Vaccination in the Punjab 1919-1929 - 1919-1929
Year: 1919
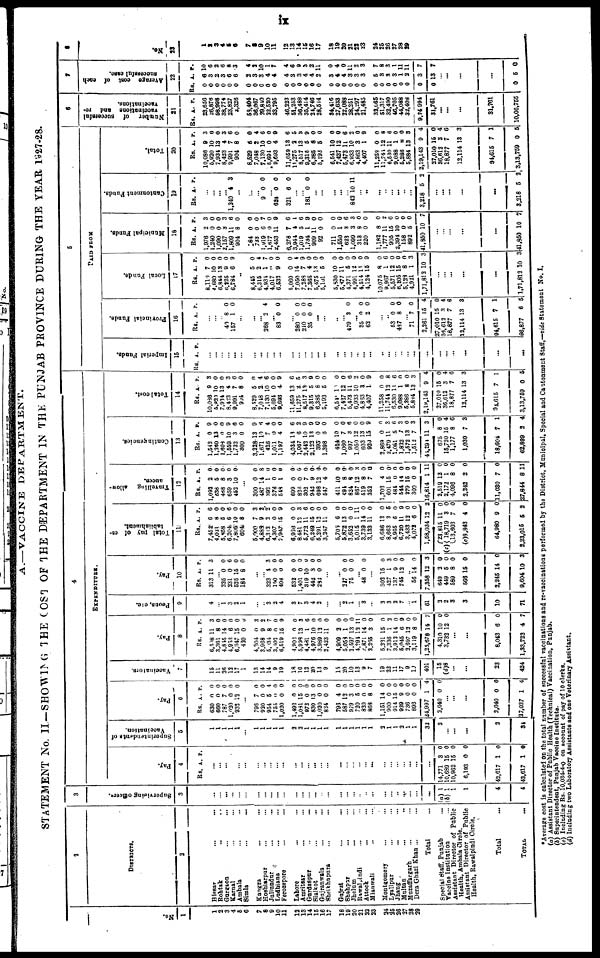
ix
A.—VACCINE DEPARTMENT.
STATEMENT No. II—SHOWING THE COST OF THE DEPARTMENT IN THE PUNJAB PROVINCE DURING THE YEAR 1927-28.
No.
1
1
3
3
4
6
6
7
8
9
10
11
12
13
14
15
16
17
18
19
20
21
22
23
24
25
26
27
28
29
2
DTSTRICTS.
2
Hissar ... ...
Rohtak ... ...
Gurgaon ... ...
Karnal ... ...
Ambala ... ...
Simla ... ...
Kangra ... ...
Hoshiarpur ... ...
Jullundur ... ...
Ludhiana ... ...
Ferozepore ... ...
Lahore ... ...
Amritsar ... ...
Gurdaspur ... ...
Sialkot ... ...
Gujranwala ... ...
Sheikhupura ... ...
Gujrat ... ...
Shahpur ... ...
Jhelum ... ...
Rawalpindi ... ...
Attock ... ...
Mianwali ... ...
Montgomery ... ...
Lyallpur ... ...
Jhang ... ...
Multan ... ...
Muzaffargarh ... ...
Dera Ghazi Khan ... ...
Total ...
Special Staff, Punjab ...
Vaccine Institution ...
Assistant Director of Public
Health, Ambala Circle.
Assistant Director of Public
Health, Rawalpindi Circle.
Total ...
TOTAL ...
3
Supervising officers.
3
...
...
...
...
...
...
...
...
...
...
...
...
...
...
...
...
...
...
...
...
...
...
...
...
...
...
...
...
...
...
(a) 1
(b) 1
1
1
4
4
4
EXPENDITURE.
Pay.
4
Rs. A. P.
...
... ...
...
... ...
...
...
...
...
...
...
... ...
...
...
...
...
...
...
... ...
...
...
...
...
...
... ...
...
14,771
10,689
10,962
6,193
43,615
42,617
3
15
15
0
1
1
0
0
0
0
0
0
Superintendents of
Vaccination.
5
1
1
1
1
1
...
1
1
1
1
1
2
3
1
1
1
1
1
1
1
1
1
1
2
1
1
3
1
1
32
2
... ...
...
2
34
Pay.
6
Rs.
630
660
787
l,020
933
A.
0
0
7
0
12
P.
0
0
0
0
0
...
793
920
954
755
1,030
1,403
1,081
972
830
1,020
834
793
587
979
720
830
863
1,151
900
914
929
736
896
24,997
2,040
7
0
5
0
0
0
15
0
13
0
0
4
13
3
5
0
8
14
0
15
9
0
0
1
0
0
0
4
0
0
0
0
0
0
0
0
0
0
0
0
0
0
0
0
0
0
0
0
4
0
...
...
...
2,040
27,037
0
1
0
4
Vaccinators.
7
15
11
26
13
17
1
13
14
14
9
19
18
16
12
20
13
9
15
20
10
13
9
7
19
22
11
17
9
10
401
15
(d)8
...
...
23
424
Pay.
8
Rs.
6,518
3,361
4,845
4,953
6,347
420
4,204
3,968
5, 034
3,402
6,519
4,902
5,938
4,481
4,976
3,989
2,423
4,909
5,059
3,597
4,294
2,871
3,205
5,331
7,336
3,913
5,046
3,697
3,119
1,25,678
4,310
3,732
A.
11
8
14
6
15
0
0
9
8
0
15
0
13
1
10
12
11
2
1
13
13
14
3
15
1
14
6
12
8
14
10
12
P.
3
0
0
0
0
0
3
2
7
0
9
0
3
6
0
0
0
0
0
0
11
0
0
0
2
0
9
0
0
7
0
0
...
...
8,043
1,33,722
6
4
0
7
Peons, etc.
9
4
... 1
3
2
1
...
.. 3
2
4
3
7
3
4
2
...
...
2
1
... 3
...
3
3
2
7
... 1
61
2
2
3
3
10
71
Pay.
10
Rs.
313
A.
11
P.
3
... 335
331
535
184
0
0
15
8
0
6
0
0
...
...
323
150
408
532
1,401
319
442
282
1
0
0
0
0
10
8
0
3
0
0
0
0
0
0
0
...
...
217
75
0
0
0
0
...
48 0 0
...
302
427
137
745
15
1
9
12
0
3
0
0
.. 56
7,358
649
449
580
566
2,245
9,604
14
12
2
5
8
15
14
10
0
3
0
0
0
0
0
3
Total pay of es-
tablishment.
11
Rs.
7,452
4,021
5,858
6,204
7,806
604
5,000
4,888
6,312
4,307
7,947
6,936
8,481
5,772
6,249
5,391
3,247
2,705
6,872
3,652
5,015
3,739
3,133
6,686
8,663
4,965
6,720
3,433
4,072
1,58,034
(c)
23,815
18,719
13,603
(c)8,843
64,980
2,23,015
A.
6
8
5
6
10
8
7
9
2
0
15
0
12
11
15
12
11
6
13
0
1
14
11
12
3
6
11
12
6
12
11
3
7
4
9
5
P.
6
0 0
6
0
0
3
2
2
0
9
0
3
6
0
0
0
0 11
0
0
0
5
0
9
0
0
2
0
0
0
0
0
2
Travelling
allow-
ances.
12
Rs.
1,092
638
468
659
462
A.
2
5
8
3
10
P.
0
0
0
0
0
...
300
487
392
376
548
699
826
302
943
698
547
411
491
824
867
519
352
1,703
601
484
544
279
300
16,814
2,519
2,172
4,096
2,242
11,030
27,844
0
14
1
0
1
0
0
7
9
12
4
10
8
8
12
8
7
4
15
0
14
15
0
1
12
1
8
2
7
8
0
8
0
0
0
0
0
0
0
0
0
0
0
0
3
0
0
0
0
0
0
0
0
11
0
0
0
0
0
11
Contingencies.
13
Rs.
1,543
1,290
1,608
1,559
1,733
300
3,228
1,671
426
1,011
1,197
4,034
1,967
3,443
2,122
395
1,398
424
1,060
997
1,050
603
920
2,869
2,479
1,081
1,822
1,572
1,512
44,294
675
15,720
1,177
1.030
18,604
62,899
A.
0
13
0
10
3
0
13
10
7
0
4
13
6
10
13
0
6
10
7
3
12
13
15
0
11
5
7
13
7
11
8
15
8
7
7
2
P.
9
0
0
9
6
0
9
6
4
0
0
6
2
9
9
0
0
0
0
6
0
0
9
0
3
6
3
0
3
3
0
4
6
3
1
4
Total cost.
14
Rs.
10,086
5,921
7,931
8,423
9,991
904
8,529
7,048
7,130
5,694
9,693
11,659
11,275
8,517
9,315
6,385
5,193
6,541
7,437
5,473
6,933
4,833
4,407
11,258
11,744
6,530
9,088
5,286
5,884
2,19,143
27,010
36,611
18,877
12,114
94,615
3,13,759
A.
9
10
13
4
7
8
5
2
10
0
4
13
2
13
5
8
5
10
12
11
10
3
1
0
12
11
1
8
13
9
15
3
7
13
7
0
P.
3
0
0
3
6
0
0
4
6
0
9
6
5
3
9
0
0
0
0
6
2
0
9
0
8
6
0
0
3
4
0
4
6
3
1
5
5
PAID FROM
Imperial Funds.
15
Rs. A. P.
...
...
...
... ...
...
...
...
...
...
...
...
... ...
...
...
...
...
...
...
... ...
...
...
...
...
... ...
...
...
...
...
...
...
...
Provincial Funds.
16
Rs. A. P.
...
... ... 40
157
8
1
0
0
...
...
... 268 2 4
...
83 0 0
...
280
210
35
0
0
0
0
0
0
...
...
...
... 479 3 0
...
35
62
0
2
0
0
...
... 53
487
0
8
0
0
... 71
2,261
27,010
39,613
18,877
12,114
94,615
98,877
7
15
15
3
7
13
7
6
0
4
0
4
6
3
1
5
Local Funds.
17
Rs.
8,110
4,680
6,814
6,225
6,784
A.
7
10
13
9
6
P.
0
0
0
0
9
...
8,445
6,315
4,931
4,017
6,633
5,060
7,050
7,288
7,365
5,475
5,101
5,930
5,877
4,371
4,991
4,514
4,124
10,075
9,967
5,571
6,205
5,129
4,921
1,71,812
5
2
1
0
9
0
14
7
4
13
5
10
11
5
12
11
15
8
1
12
15
8
1
10
0
4
7
0
0
0
4
9
0
0
0
0
0
0
0
0
9
0
6
0
0
0
3
3
...
... ...
...
...
1,71,812 10 3
Municipal Funds.
18
Rs.
1,976
1,240 1,090
2,157 1,809
904
184
733
1,919 1,677
2,453
6,378
3,941
1,019 1,734
909
92
711
1,550
623
1,099
313
220
1,182
1,777
905
2,391
158
892
41,350
A.
2
0 0
3 11
8
0
0
6 0
11
7
4
5 1
11
0
0
1
3
3
8
0
8
11
15
10
0
5
10
P.
3
0 0
3 6
0
0
0
7 0
9
6
1
6 9
0
0
0
0
6
3
0
0
0
2
6
0
0
0
7
...
... ...
...
...
41,850 10 7
Cantonment Funds.
19
Rs. A. P.
...
... ...
...
1,240 4 3
...
...
...
9 0 0
... 624
321
0
6
0
0
...
... 181 0 0
...
...
...
...
... 842 10 11
... ..
...
...
...
...
...
...
3,218 5 2
...
...
...
...
...
3,218 5 2
Total.
20
Rs.
10,086
5,920 7,931
8,423 9,991
904
8,529
7,018
7,130 5,691
9,693
11,659
11,275
8,517
9,315
6,386
5,193
6,641
7,427
6,473
6,933
4,863
4,407
11,259
11,744 6,530
9,088
5,288
5,884
2,19,143
27,010
36,612 18,877
12,114
94,615
3,13,769
A.
9
10 13
4
7
8
6
2
10 0
4
13
2
13
6
8
5
10
12
11
10
3
1
0
12
11
1
8
13
9
15
3 7
13
7
0
P.
3
0 0
3
6
0
0
4
6 0
9
6
5
3
9
0
0
0
0
6
2
0
9
0
8
6
0
0
3
4
0
4
6
3
1
5
6
Number
of
successful
vaccinations and re-
vaccinations.
21
Rs. A. P.
23,666
26,876 58,998
38,774
23,827
2,326
58,404
36,067
29,840 22,520
33,795
46,223
51,253
36,488
35,414 24,746
28,514
34,416
27,633
22,088
28,251 24,297
21,485
32,065
51,317
32,490
46,705 44,088
32,408
9,74 994
31,761
...
...
...
31,761
10,06,755
7
Average cost of each
successful case.
22
Rs.
0
0 0
0 0
0
0
0
0 0
0
0
0
0 0
0
0
0
0
0 0
0
0
0
0 0
0
0
0
0
0
A.
6
3 2
3 6
6
2
3
3
4
4
4
3
3
4
4
2
3
4
4
3
3
3
6
3
3
3
1 2
3
13
P.
10
6 2
6
8
3
4
2
10
1
7
4
6
9
3
2
11
0
4
0
11
2
3
7
8
3
1
11
11
7
7
... ...
...
...
0 5 0
8
No.
23
1
2 3
4
5 6
7
8
9 10
11
12
13
14
15
16
17
18
19
20
21 22
23
24
25 26
27 28
29
...
...
*Average cost is calculated on the total number of successful vaccinations and re-vaccinations performed by the District, Municipal. Special and Cantonment Staff.—vide Statement No. I.
(a) Assistant Director of Public Health (Technical) Vaccination, Punjab.
(b) Superintendent, Punjab Vaccine Institute.
(c) Including Rs.10,034-4-0 on account of pay of 10 clerks.
(d) Including two Laboratory Assistants and one Veterinary Assistant.